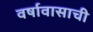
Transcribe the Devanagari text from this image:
वर्षावासाची